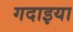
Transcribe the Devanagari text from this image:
गदाइया